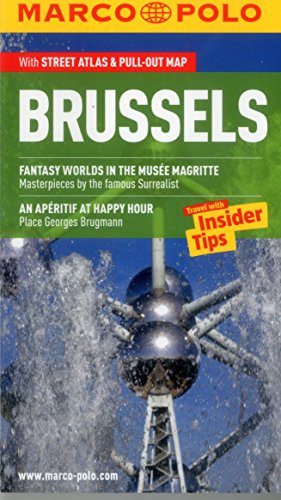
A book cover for Brussels Marco Polo Guide (Marco Polo Guides); Marco Polo Travel; Travel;